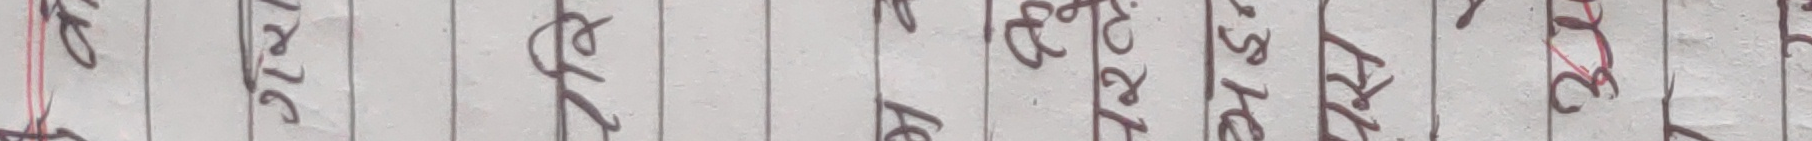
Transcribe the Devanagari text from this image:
२० तेइस अन्युक्ति थी तिर्य १३